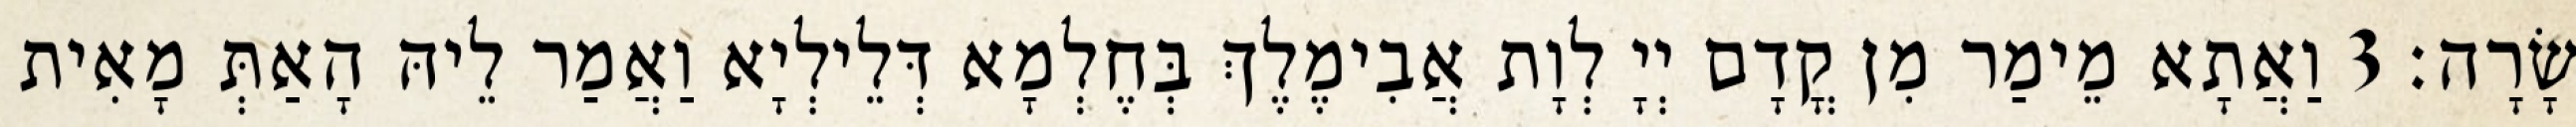
שָׂרָה׃ 3 וַאֲתָא מֵימַר מִן קֳדָם יְיָ לְוָת אֲבִימֶלֶךְ בְּחֶלְמָא דְּלֵילְיָא וַאֲמַר לֵיהּ הָאַתְּ מָאִית